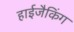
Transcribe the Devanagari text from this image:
हाईजैकिंग